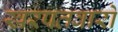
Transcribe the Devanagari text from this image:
खरपतवारो